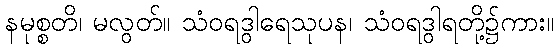
နမုစ္စတိ၊ မလွတ်။ သံဝရဒွါရေသုပန၊ သံဝရဒွါရတို့၌ကား။